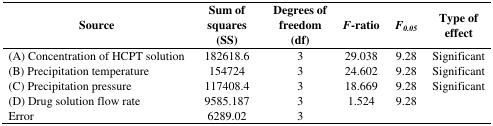
| Source | Sum of squares (SS) | Degrees of freedom (df) | F-ratio | F0.05 | Type of effect |
 | --- | --- | --- | --- | --- | --- |
 | (A) Concentration of HCPT solution | 182618.6 | 3 | 29.038 | 9.28 | Significant |
 | (B) Precipitation temperature | 154724 | 3 | 24.602 | 9.28 | Significant |
 | (C) Precipitation pressure | 117408.4 | 3 | 18.669 | 9.28 | Significant |
 | (D) Drug solution flow rate | 9585.187 | 3 | 1.524 | 9.28 |  |
 | Error | 6289.02 | 3 |  |  |  |